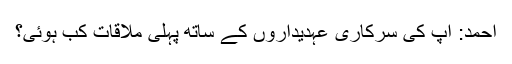
احمد: آپ کی سرکاری عہدیداروں کے ساتھ پہلی ملاقات کب ہوئی؟